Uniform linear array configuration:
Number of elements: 24
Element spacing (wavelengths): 0.25
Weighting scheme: hann
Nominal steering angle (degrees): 30
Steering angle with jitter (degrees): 29.089
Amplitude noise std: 0.05
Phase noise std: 0.05

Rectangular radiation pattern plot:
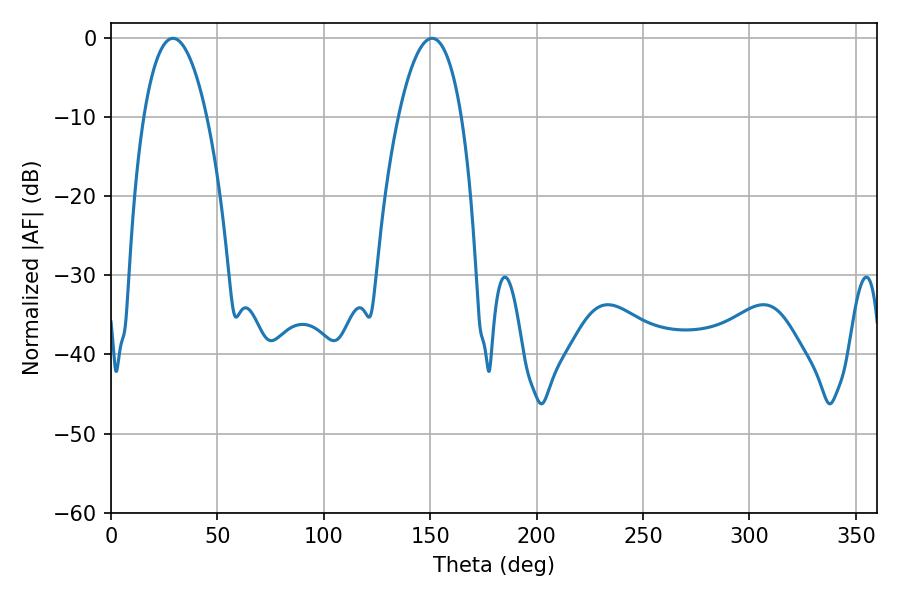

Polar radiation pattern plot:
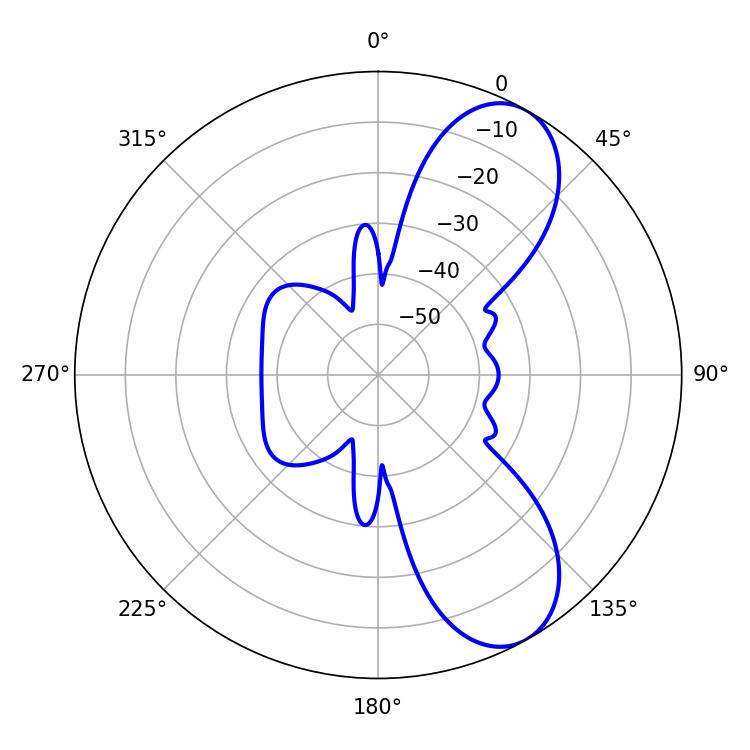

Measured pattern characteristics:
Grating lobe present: FALSE
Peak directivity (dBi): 8.215
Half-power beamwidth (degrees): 16.38
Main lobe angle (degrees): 29.16